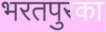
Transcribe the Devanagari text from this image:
भरतपुरका